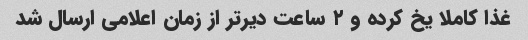
غذا کاملا یخ کرده و ۲ ساعت دیرتر از زمان اعلامی ارسال شد